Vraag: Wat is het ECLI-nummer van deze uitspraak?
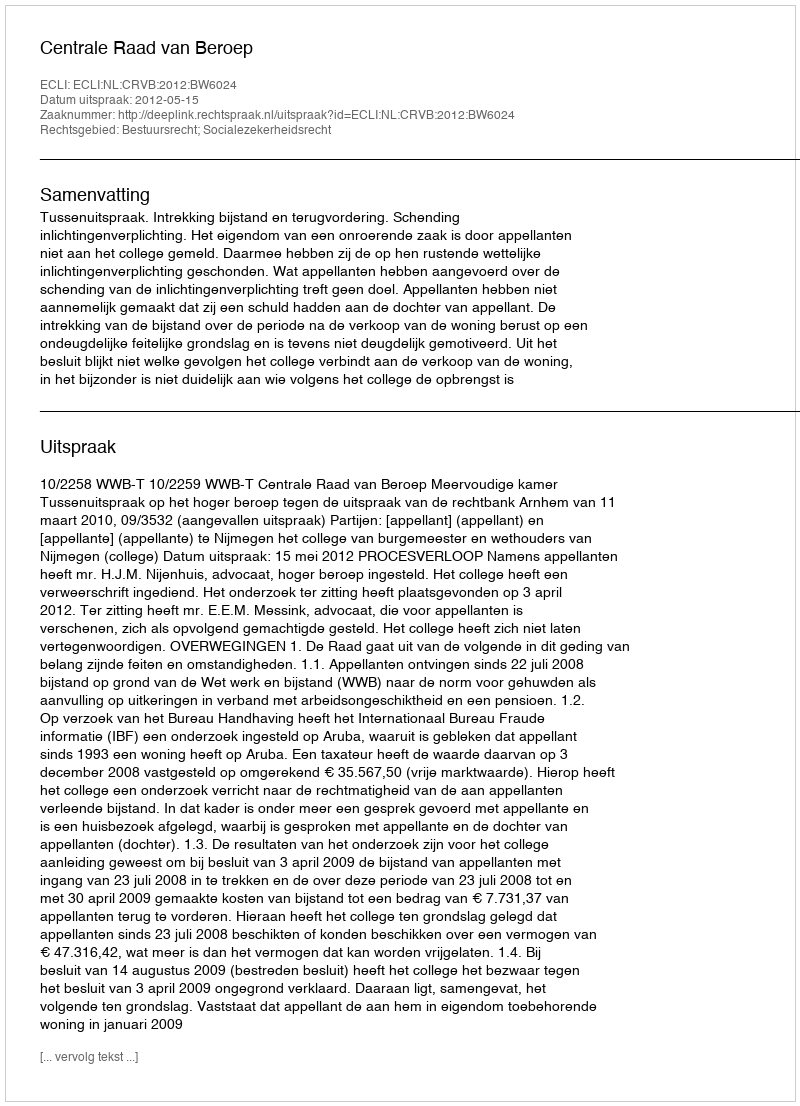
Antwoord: ECLI:NL:CRVB:2012:BW6024